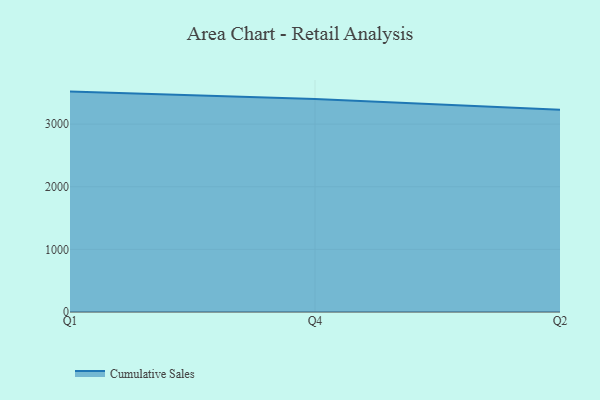
{"axis": {"x": "Quarter", "y": "Budget (USD K)"}, "legend": ["Cumulative Sales"], "data": [{"x": "Q1", "y": 3519.6, "type": "Cumulative Sales"}, {"x": "Q4", "y": 3401.2, "type": "Cumulative Sales"}, {"x": "Q2", "y": 3228.8, "type": "Cumulative Sales"}]}